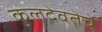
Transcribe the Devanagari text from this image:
कुलदेवतेचे